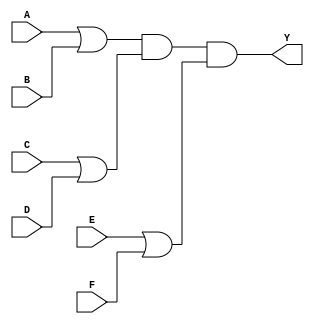
module pos_simplification (
    input wire A,
    input wire B,
    input wire C,
    input wire D,
    input wire E,
    input wire F,
    output wire Y
);

// Intermediate signals for sum terms
wire sum_term1; // A + B
wire sum_term2; // C + D
wire sum_term3; // E + F

// Sum terms (OR operation)
assign sum_term1 = A | B; // OR operation for A and B
assign sum_term2 = C | D; // OR operation for C and D
assign sum_term3 = E | F; // OR operation for E and F

// Product of the sum terms (AND operation)
assign Y = sum_term1 & sum_term2 & sum_term3; // AND operation of all sum terms

endmodule